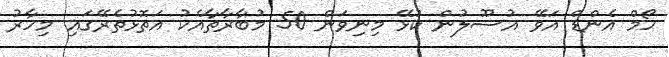
ހޯމް އެންޑް އަވޭ އުސޫލުން ކުޅޭ މިނިވަން 50 މުބާރާތާއެކު އަތޮޅުތެރޭގައި މިހާރު